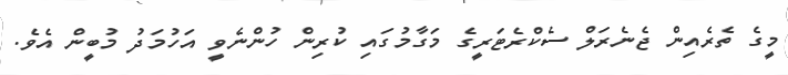
މީގެ ތެރެއިން ޖެނެރަލް ސެކްރެޓަރީގެ މަގާމުގައި ކުރިން ހުންނެވީ އަހުމަދު މުބީން އެވެ.